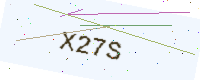
Text: X27S